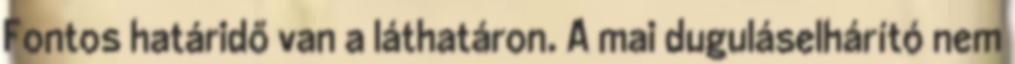
Fontos határidő van a láthatáron. A mai duguláselhárító nem